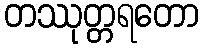
တဿုတ္တရတော